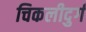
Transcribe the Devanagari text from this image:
चिकलीदुर्ग